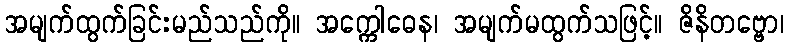
အမျက်ထွက်ခြင်းမည်သည်ကို။ အက္ကေါဓေန၊ အမျက်မထွက်သဖြင့်။ ဇိနိတဗ္ဗော၊